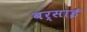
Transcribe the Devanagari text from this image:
बर्साई